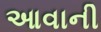
આવાની